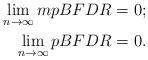
LaTeX: \begin{align*}\lim_{n\rightarrow\infty}mpBFDR &= 0;\\\lim_{n\rightarrow\infty}pBFDR &= 0.\end{align*}